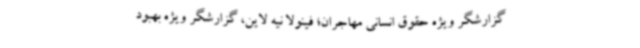
گزارشگر ویژه حقوق انسانی مهاجران؛ فینولا نیه لاین، گزارشگر ویژه بهبود